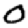
Digit: 0